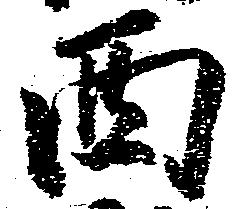
西